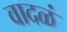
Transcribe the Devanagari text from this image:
वादळं